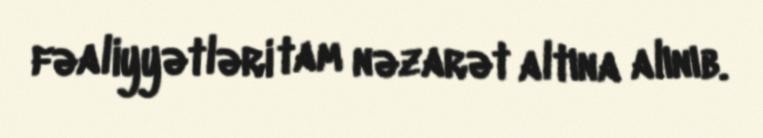
fəaliyyətləri tam nəzarət altına alınıb.